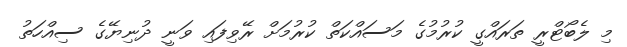
މި ލެބޯޓްރީ ތަރައްގީ ކުރުމުގެ މަސައްކަތް ކުރުމަށް ރޭވިފައި ވަނީ ދުނިޔޭގެ ސިއްހަތު